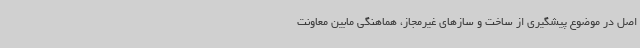
اصل در موضوع پیشگیری از ساخت و سازهای غیرمجاز، هماهنگی مابین معاونت